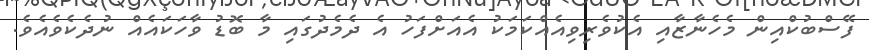
ފޭސްބުކްއިން މެހެނާޒާއި އެކުވެރިވިއެއްކަމަކު އެއަށްފަހު އެ ދެމެދުގައި މާ ބޮޑު ވާހަކައެއް ނުދެކެވެއެވެ.